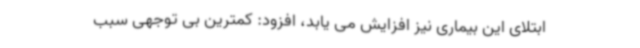
ابتلای این بیماری نیز افزایش می یابد، افزود: کمترین بی توجهی سبب